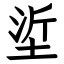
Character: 垽